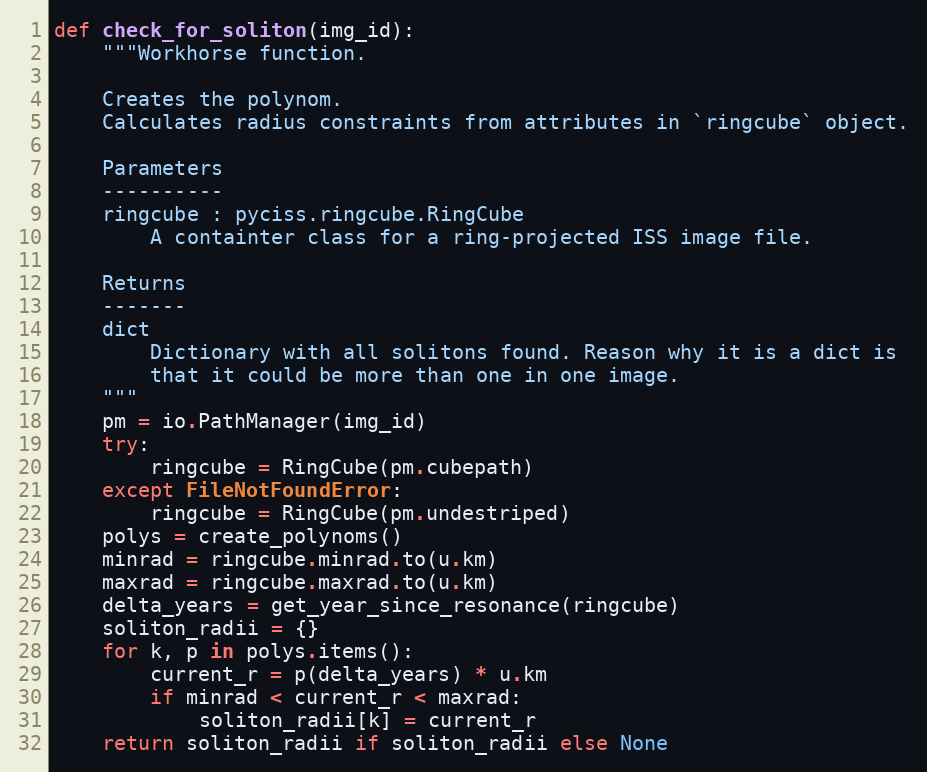
Language: Python
def check_for_soliton(img_id):
    """Workhorse function.

    Creates the polynom.
    Calculates radius constraints from attributes in `ringcube` object.

    Parameters
    ----------
    ringcube : pyciss.ringcube.RingCube
        A containter class for a ring-projected ISS image file.

    Returns
    -------
    dict
        Dictionary with all solitons found. Reason why it is a dict is
        that it could be more than one in one image.
    """
    pm = io.PathManager(img_id)
    try:
        ringcube = RingCube(pm.cubepath)
    except FileNotFoundError:
        ringcube = RingCube(pm.undestriped)
    polys = create_polynoms()
    minrad = ringcube.minrad.to(u.km)
    maxrad = ringcube.maxrad.to(u.km)
    delta_years = get_year_since_resonance(ringcube)
    soliton_radii = {}
    for k, p in polys.items():
        current_r = p(delta_years) * u.km
        if minrad < current_r < maxrad:
            soliton_radii[k] = current_r
    return soliton_radii if soliton_radii else None